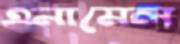
এনামেল